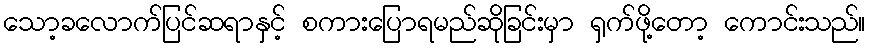
သော့ခလောက်ပြင်ဆရာနှင့် စကားပြောရမည်ဆိုခြင်းမှာ ရှက်ဖို့တော့ ကောင်းသည်။